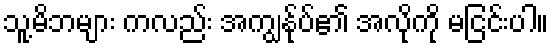
သူ့မိဘများ ကလည်း အကျွန်ုပ်၏ အလိုကို မငြင်းပါ။